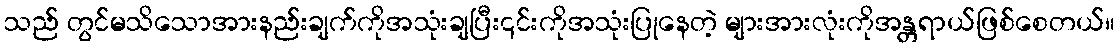
သည် တွင်မသိသောအားနည်းချက်ကိုအသုံးချပြီး၎င်းကိုအသုံးပြုနေတဲ့ များအားလုံးကိုအန္တရာယ်ဖြစ်စေတယ်။